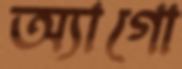
অ্যাগো